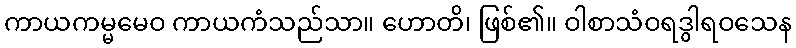
ကာယကမ္မမေဝ ကာယကံသည်သာ။ ဟောတိ၊ ဖြစ်၏။ ဝါစာသံဝရဒွါရဝသေန